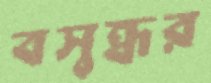
বসুন্ধর